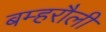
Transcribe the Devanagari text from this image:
बम्हरौली